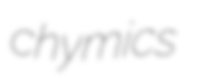
chymics